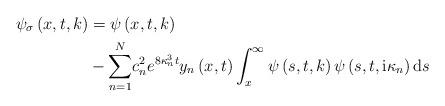
LaTeX: \begin{align*}\psi_{\sigma}\left( x,t,k\right) & =\psi\left( x,t,k\right) \\& -{\displaystyle\sum\limits_{n=1}^{N}}c_{n}^{2}e^{8\kappa_{n}^{3}t}y_{n}\left( x,t\right) \int_{x}^{\infty}\psi\left( s,t,k\right) \psi\left( s,t,\mathrm{i}\kappa_{n}\right)\mathrm{d}s\end{align*}